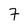
Character: 7